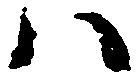
ハ